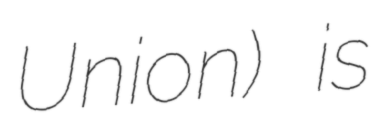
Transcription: Union) is